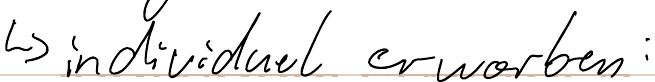
-> individuel erworben: